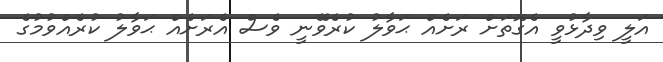
އަލީ ވިދާޅުވީ އެގޮތަށް ރަށެއް ޙަވާލު ކުރެވޭނީ ވެސް އެރަށެއް ޙަވާލު ކުރެއްވުމުގެ